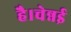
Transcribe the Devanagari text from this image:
है।चेन्नई